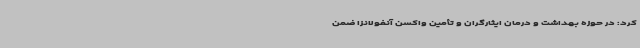
کرد: در حوزه بهداشت و درمان ایثارگران و تأمین واکسن آنفولانزا ضمن